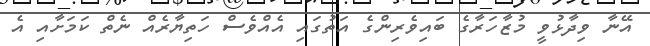
އޭނާ ވިދާޅުވީ މުޒާހަރާގެ ބައިވެރިންގެ އަތުގައި އެއްވެސް ހަތިޔާރެއް ނެތް ކަމަށާއި އެ